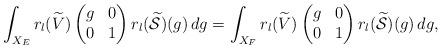
LaTeX: \begin{align*}\int_{X_E}r_l(\widetilde{V})\begin{pmatrix}g & 0\\0 & 1\end{pmatrix}r_l(\widetilde{\mathcal{S}})(g) \,dg =\int_{X_F}r_l(\widetilde{V})\begin{pmatrix}g & 0\\0 & 1\end{pmatrix}r_l(\widetilde{\mathcal{S}})(g) \,dg,\end{align*}